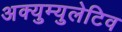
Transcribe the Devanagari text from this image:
अक्युम्युलेटिव